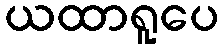
ယထာရူပေ